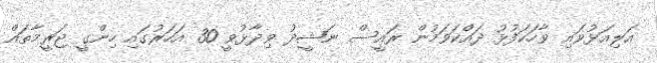
އަލިއަޅުވައި ވާހަކަފުޅު ދައްކަވަމުން ރައީސް ނަޝީދު ވިދާޅުވީ 30 އަހަރުގައި ހިންގީ ޖަރީމާތައް